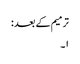
ترمیم کے بعد :
۱۔